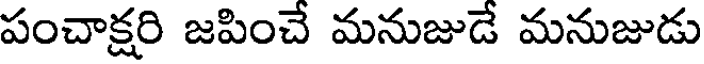
పంచాక్షరి జపించే మనుజుడే మనుజుడు